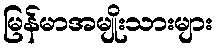
မြန်မာအမျိုးသားများ